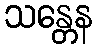
သန္တေန